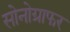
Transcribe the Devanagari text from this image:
सोनोग्राफर